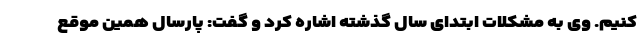
کنیم. وی به مشکلات ابتدای سال گذشته اشاره کرد و گفت: پارسال همین موقع